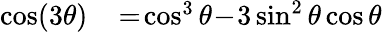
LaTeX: \begin{array}{rl}{\cos(3\theta)\! }&{{}=\! \cos^{3}\theta\! -\! 3\sin^{2}\theta\cos\theta}\end{array}